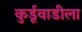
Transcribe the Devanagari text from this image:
कुर्डूवाडीला